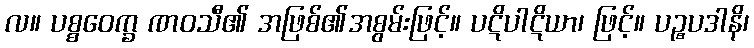
လ။ ပစ္စဝေက္ခ ဏဝသီ၏ အဖြစ်၏အစွမ်းဖြင့်။ ပဋိပါဋိယာ၊ ဖြင့်။ ပဉ္စပဒါနိ၊